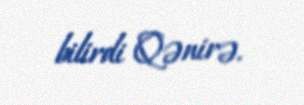
bilirdi Qənirə.